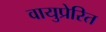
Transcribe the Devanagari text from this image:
वायुप्रेरित